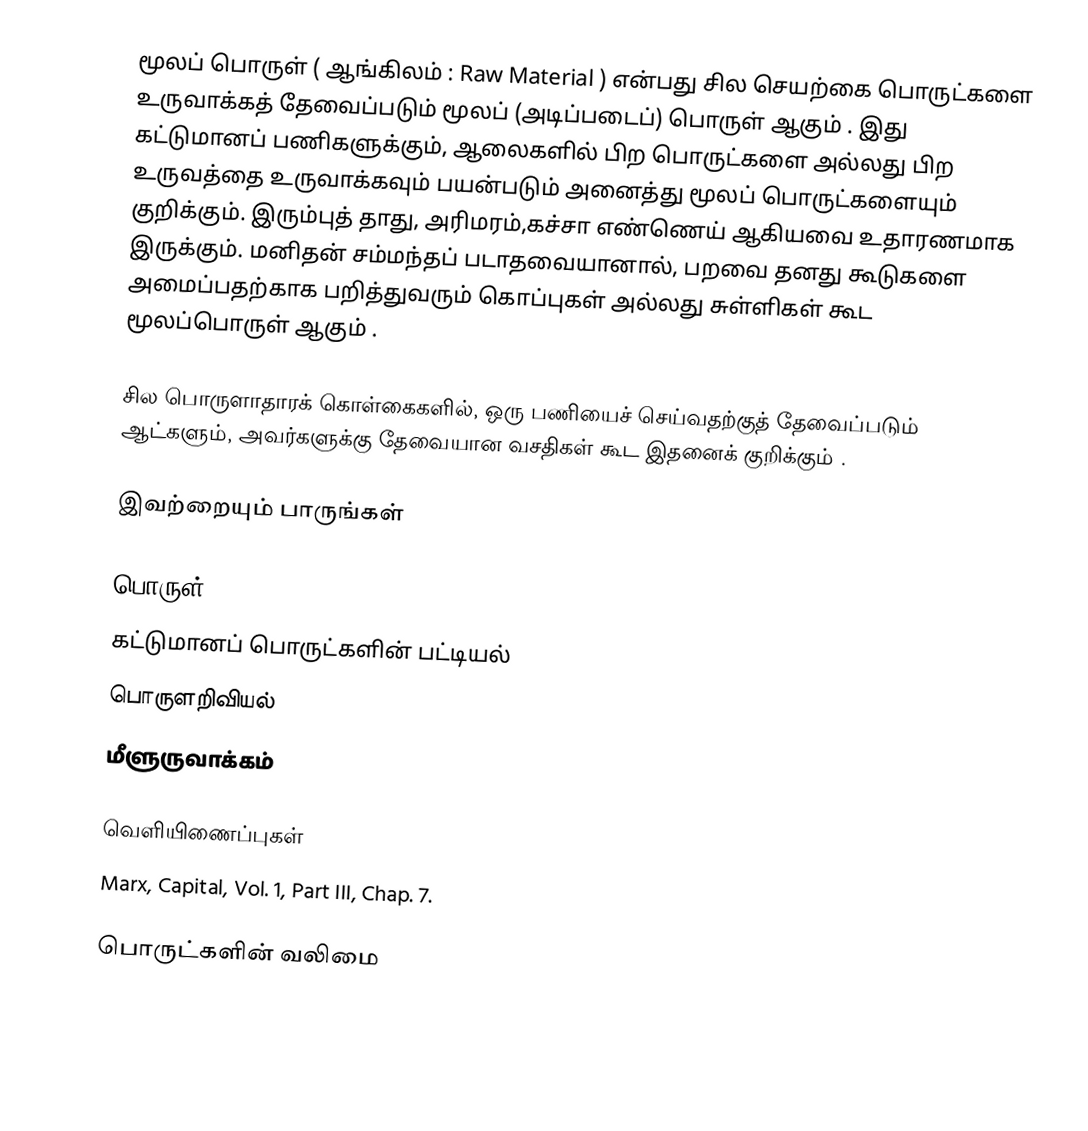
மூலப் பொருள் ( ஆங்கிலம் : Raw Material ) என்பது சில செயற்கை பொருட்களை உருவாக்கத் தேவைப்படும் மூலப் (அடிப்படைப்) பொருள் ஆகும் . இது கட்டுமானப் பணிகளுக்கும், ஆலைகளில் பிற பொருட்களை அல்லது பிற உருவத்தை உருவாக்கவும் பயன்படும் அனைத்து மூலப் பொருட்களையும் குறிக்கும். இரும்புத் தாது, அரிமரம்,கச்சா எண்ணெய் ஆகியவை உதாரணமாக இருக்கும். மனிதன் சம்மந்தப் படாதவையானால், பறவை தனது கூடுகளை அமைப்பதற்காக பறித்துவரும் கொப்புகள் அல்லது சுள்ளிகள் கூட மூலப்பொருள் ஆகும் .

சில பொருளாதாரக் கொள்கைகளில், ஒரு பணியைச் செய்வதற்குத் தேவைப்படும் ஆட்களும், அவர்களுக்கு தேவையான வசதிகள் கூட இதனைக் குறிக்கும் .

இவற்றையும் பாருங்கள்

 பொருள்
 கட்டுமானப் பொருட்களின் பட்டியல்
 பொருளறிவியல்
 மீளுருவாக்கம்

வெளியிணைப்புகள்
 Marx, Capital, Vol. 1, Part III, Chap. 7.

பொருட்களின் வலிமை